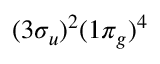
( 3 \sigma _ { u } ) ^ { 2 } ( 1 \pi _ { g } ) ^ { 4 }